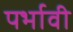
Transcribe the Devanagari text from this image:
पर्भावी